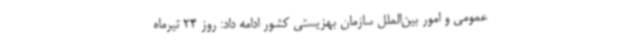
عمومی و امور بین‌الملل سازمان بهزیستی کشور ادامه داد: روز 24 تیرماه